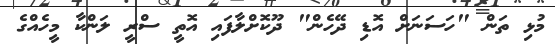
މުޅި ތަން "ހަސަނަށް އޮޑި ދޭހެން" ދޫކޮށްލާފައި އޮތީ ސްރީ ލަންކާ މީހެއްގެ